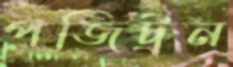
পজিট্রন